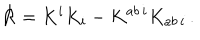
{ \cal R } = K ^ { i } K _ { i } - K ^ { a b \, i } K _ { a b \, i } \, .